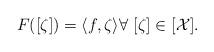
LaTeX: \begin{align*}F([\zeta]) = \langle f, \zeta\rangle\forall\ [\zeta]\in [\mathcal{X}].\end{align*}